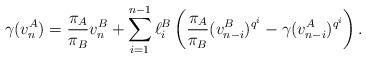
LaTeX: \begin{align*} \gamma(v_n^A) = \frac{\pi_A}{\pi_B} v_n^B +\sum_{i=1}^{n-1} \ell_i^B \left( \frac{\pi_A}{\pi_B} (v_{n-i}^B)^{q^i} - \gamma(v_{n-i}^A)^{q^i}\right) .\end{align*}